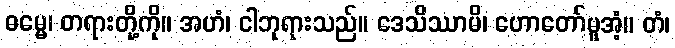
ဓမ္မေ၊ တရားတို့ကို။ အဟံ၊ ငါဘုရားသည်။ ဒေသိဿာမိ၊ ဟောတော်မူအံ့။ တံ၊